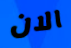
الان